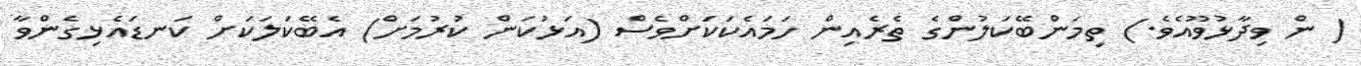
( ން ވިދާޅުވޫއެވެ.) ތިމަންބޭކަލުންގެ ތެރެއިން ހަމައެކަކަށްވެސް (އަޅުކަން ކުރުމަށް) އެބޭކަލަކަށް ކަނޑައެޅިގެންވާ